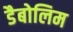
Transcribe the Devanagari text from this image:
डैबोलिम